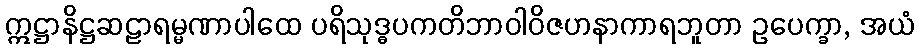
ဣဋ္ဌာနိဋ္ဌဆဠာရမ္မဏာပါထေ ပရိသုဒ္ဓပကတိဘာဝါဝိဇဟနာကာရဘူတာ ဥပေက္ခာ, အယံ